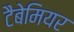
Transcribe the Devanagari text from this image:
टैबेमियर